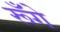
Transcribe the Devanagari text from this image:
रूँगे